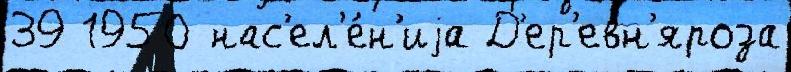
39 1950 нас'ел'е́н'иjа Д'ер'евн'яроза